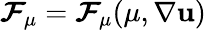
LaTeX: \boldsymbol{\mathcal{F}}_{\mu}=\boldsymbol{\mathcal{F}}_{\mu}(\mu,\nabla\mathbf{u})